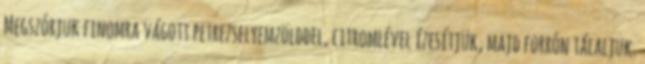
Megszórjuk finomra vágott petrezselyemzölddel, citromlével ízesítjük, majd forrón tálaljuk.